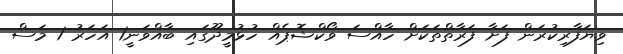
ވިޔަފާރިކުރަން ފަށާ ފަރާތްތަކަށް ހާއްސަ ވޯކްޝޮޕެއް ހުޅުމީދޫގައި ބާއްވަނީ1 އަހަރު 1 މަސް